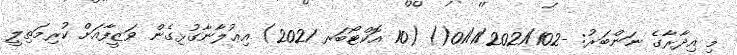
މި އިދާރާގެ ނަންބަރު: -01/1/2021/102() (10 އޮކްޓޯބަރ 2021) އިޢުލާނާގުޅިގެން ވަޒީފާއަށް ކުރިމަތިލީ